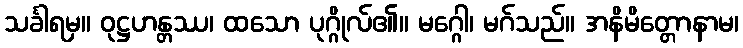
သင်္ခါရမှ။ ဝုဋ္ဌဟန္တဿ၊ ထသော ပုဂ္ဂိုလ်၏။ မဂ္ဂေါ၊ မဂ်သည်။ အနိမိတ္တောနာမ၊